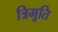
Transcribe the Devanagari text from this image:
त्रिमूति